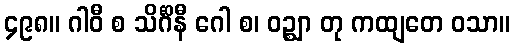
၄၉၈။ ဂါဝီ စ သိင်္ဂိနီ ဂေါ စ၊ ဝဉ္ဈာ တု ကထျတေ ဝသာ။